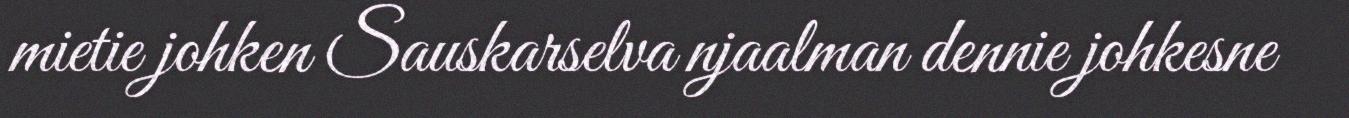
mietie johken Sauskarselva njaalman dennie johkesne